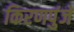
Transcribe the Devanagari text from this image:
किरणपुंजें